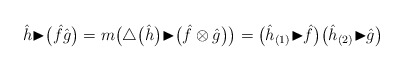
\begin{align*}\hat{h} {\blacktriangleright}\big(\hat{f}\hat{g}\big)=m\big({\bigtriangleup}\big(\hat{h}\big) {\blacktriangleright}\big(\hat{f}\otimes\hat{g}\big)\big)=\big(\hat{h}_{(1)} {\blacktriangleright}\hat{f}\big)\big(\hat{h}_{(2)} {\blacktriangleright}\hat{g}\big)\end{align*}